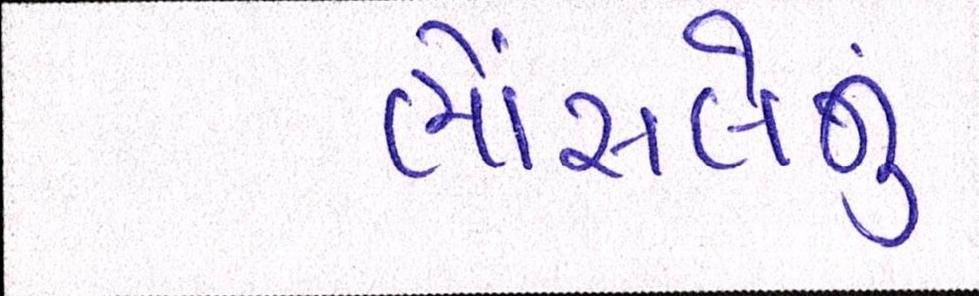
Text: ભોંસલેનું